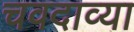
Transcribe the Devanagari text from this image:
चवदाव्या